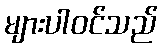
များပါဝင်သည်